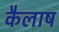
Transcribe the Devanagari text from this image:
कैलाष